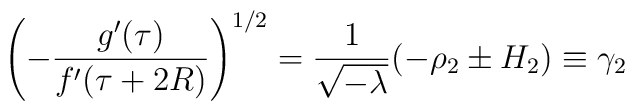
\left(-\frac{g'(\tau)}{f'(\tau+2R)}\right)^{1/2} =       \frac{1}{\sqrt{-\lambda}}(-\rho_2\pm H_2)\equiv \gamma_2